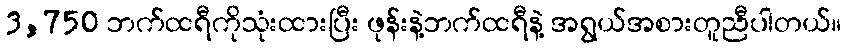
3,750 ဘက်ထရီကိုသုံးထားပြီး ဖုန်းနဲ့ဘက်ထရီနဲ့ အရွယ်အစားတူညီပါတယ်။